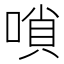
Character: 嗩